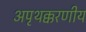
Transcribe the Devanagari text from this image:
अपृथक्करणीय